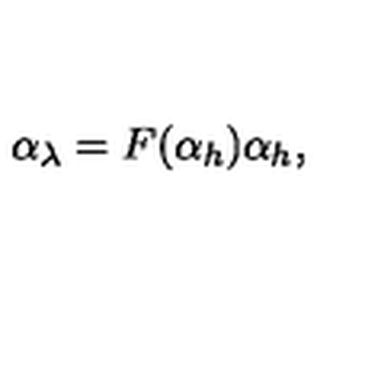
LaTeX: \alpha _ { \lambda } = F ( \alpha _ { h } ) \alpha _ { h } ,